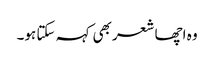
وہ اچھا شعر بھی کہہ سکتا ہو۔